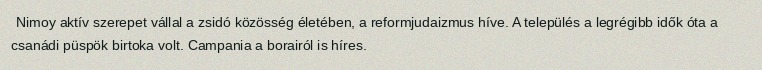
Nimoy aktív szerepet vállal a zsidó közösség életében, a reformjudaizmus híve. A település a legrégibb idők óta a csanádi püspök birtoka volt. Campania a borairól is híres.